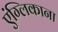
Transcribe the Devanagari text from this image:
एंग्लिकाना